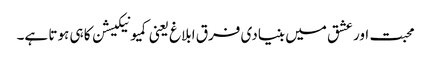
محبت اور عشق میں بنیادی فرق ابلاغ یعنی کمیونیکیشن کا ہی ہوتا ہے۔